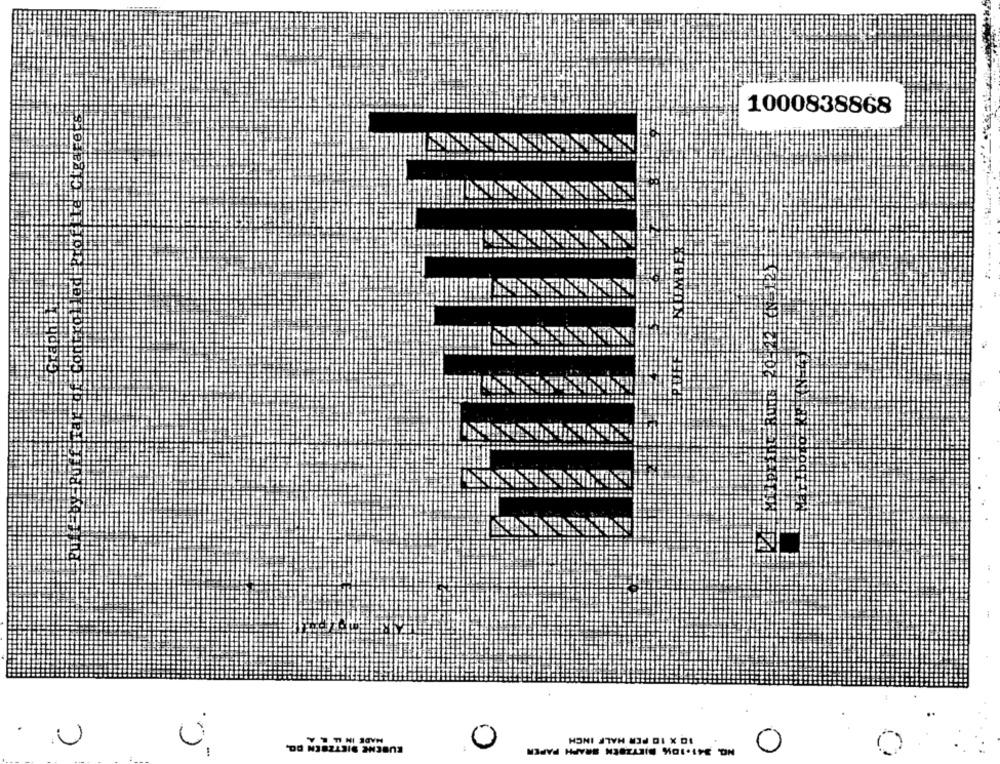
1000838868
EN
MADE IN LL LA
10 X 10 PER HALF INCH
U
NO. 341-1016 DIETZEEN SRAPH PAPER
DO N38ZASIG 2H3801
0
0